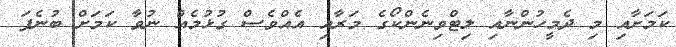
ކަމަށާއި މި ދެމީހުންނާއި ލިޓްވިނެންކޯގެ މަރާއި އެއްވެސް ގުޅުމެއް ނުވާ ކަމަށް ބުނެފަ